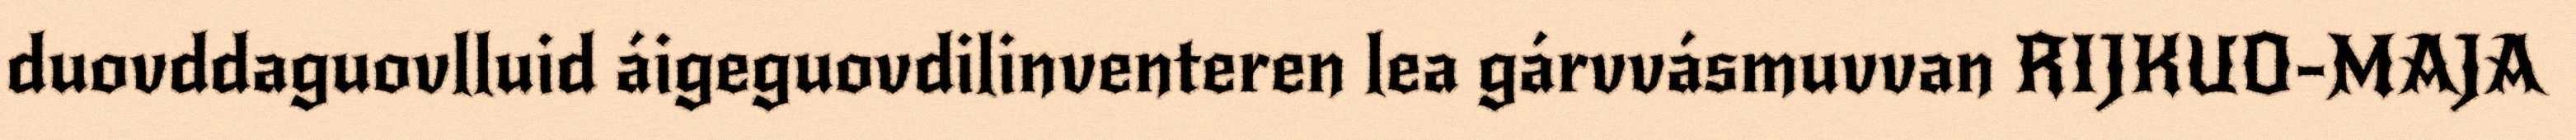
duovddaguovlluid áigeguovdilinventeren lea gárvvásmuvvan RIJKUO-MAJA